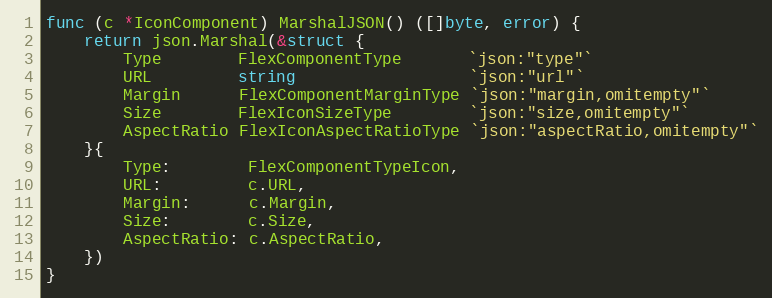
Language: Go
func (c *IconComponent) MarshalJSON() ([]byte, error) {
	return json.Marshal(&struct {
		Type        FlexComponentType       `json:"type"`
		URL         string                  `json:"url"`
		Margin      FlexComponentMarginType `json:"margin,omitempty"`
		Size        FlexIconSizeType        `json:"size,omitempty"`
		AspectRatio FlexIconAspectRatioType `json:"aspectRatio,omitempty"`
	}{
		Type:        FlexComponentTypeIcon,
		URL:         c.URL,
		Margin:      c.Margin,
		Size:        c.Size,
		AspectRatio: c.AspectRatio,
	})
}